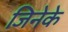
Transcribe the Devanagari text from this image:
जिनेके